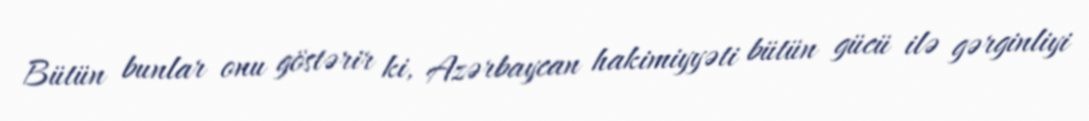
Bütün bunlar onu göstərir ki, Azərbaycan hakimiyyəti bütün gücü ilə gərginliyi